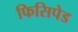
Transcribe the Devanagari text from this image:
फिसिपेड